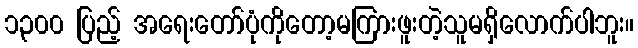
၁၃၀၀ ပြည့် အရေးတော်ပုံကိုတော့မကြားဖူးတဲ့သူမရှိလောက်ပါဘူး။